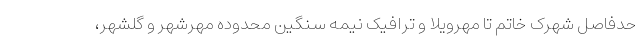
حدفاصل شهرک خاتم تا مهرویلا و ترافیک نیمه سنگین محدوده مهرشهر و گلشهر،